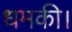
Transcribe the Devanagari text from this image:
धमकी।